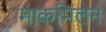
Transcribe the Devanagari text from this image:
माकमिलन